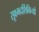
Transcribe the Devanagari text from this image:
सूक्ष्मदर्शिकियों